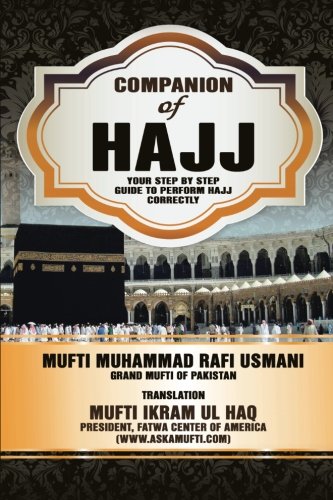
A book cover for Companion of Hajj: Your Step by Step Guide to Perform Hajj Correctly; Mufti Ikram Ul Haq; Religion & Spirituality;